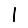
Digit: 1